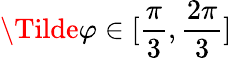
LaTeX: \Tilde{\varphi}\in[\frac{\pi}{3},\frac{2\pi}{3}]